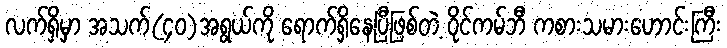
လက်ရှိမှာ အသက်(၄၀)အရွယ်ကို ရောက်ရှိနေပြီဖြစ်တဲ့ ဝိုင်ကမ်ဘီ ကစားသမားဟောင်းကြီး